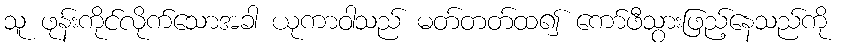
သူ ဖုန်းကိုင်လိုက်သောအခါ ယုကာဝါသည် မတ်တတ်ထ၍ ကော်ဖီသွားဖြည့်နေသည်ကို